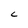
Character: C